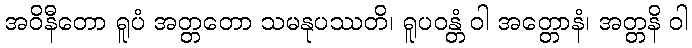
အဝိနီတော ရူပံ အတ္တတော သမနုပဿတိ၊ ရူပဝန္တံ ဝါ အတ္တောနံ၊ အတ္တနိ ဝါ